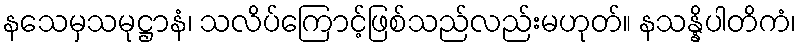
နသေမှသမုဋ္ဌာနံ၊ သလိပ်ကြောင့်ဖြစ်သည်လည်းမဟုတ်။ နသန္နိပါတိကံ၊